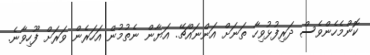
ކޮންމެހެންވެސް ދަރިފުޅުވިހާ ތަނަށް އަންނައްޗޭ. އަޔާން ނެތުމުން އަހަރެން ވަރަށް ފޫހިވާނެ.